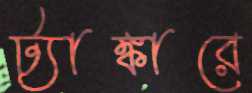
ট্যাঙ্কারে